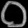
Digit: ၀